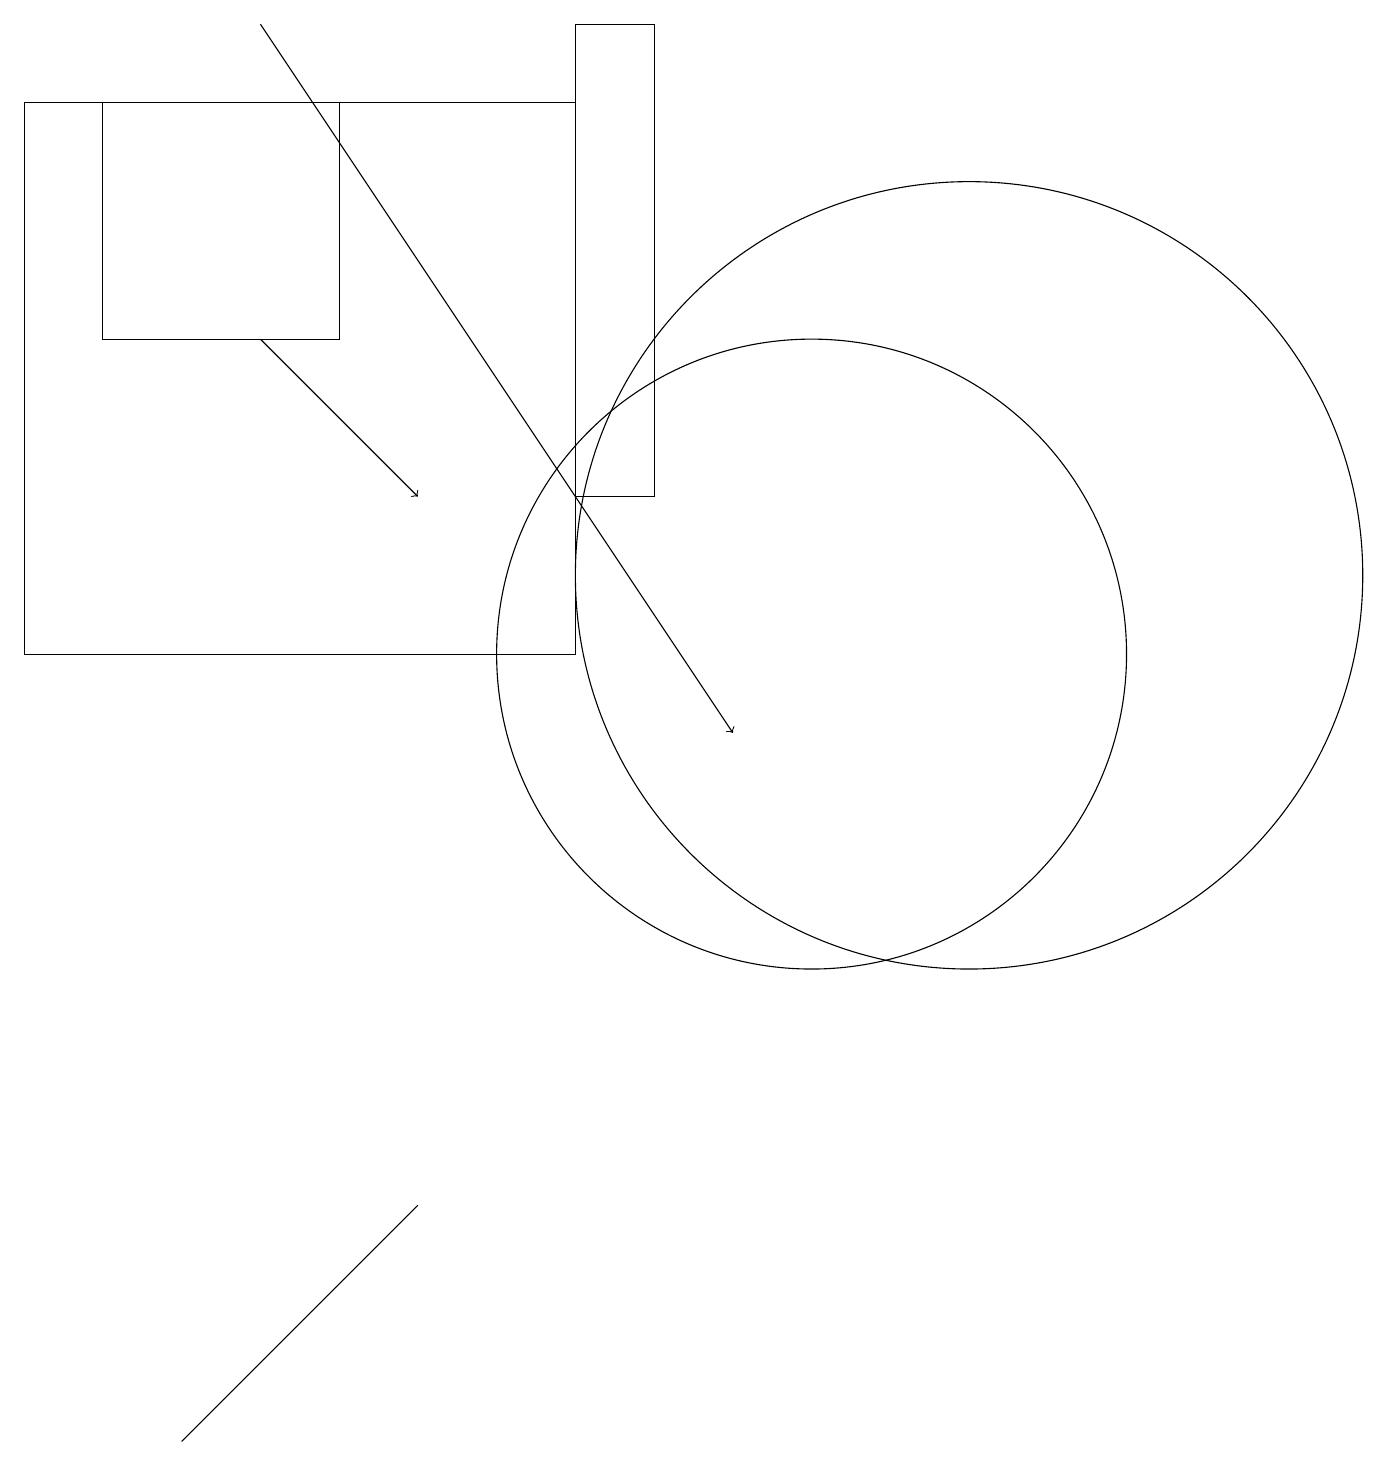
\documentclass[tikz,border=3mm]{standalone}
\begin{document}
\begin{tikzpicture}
\draw (4,15) rectangle (1,18);
\draw (0,11) rectangle (7,18);
\draw[->] (3,19) -- (9,10);
\draw (4,3) -- (5,4) -- (2,1) -- cycle;
\draw[->] (3,15) -- (5,13);
\draw (12,12) circle (5);
\draw (10,11) circle (4);
\draw (8,13) rectangle (7,19);
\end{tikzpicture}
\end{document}